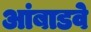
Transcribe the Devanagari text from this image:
आंबाडवे